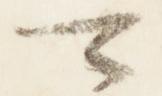
可